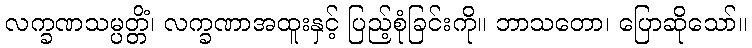
လက္ခဏသမ္ပတ္တိံ၊ လက္ခဏာအထူးနှင့် ပြည့်စုံခြင်းကို။ ဘာသတော၊ ပြောဆိုသော်။